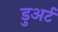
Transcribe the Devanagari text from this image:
डुअर्ट